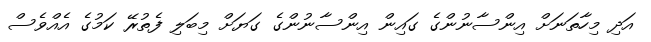
އަދި މިހާތަނަށް އިންސާނުންގެ ގައިން އިންސާނުންގެ ގަޔަށް މިބަލި ފެތުރޭ ކަމުގެ އެއްވެސް